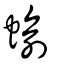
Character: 蝓